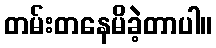
တမ်းတနေမိခဲ့တာပါ။